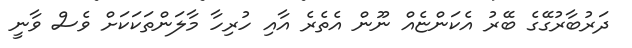
ދަރުބާރުގޭގެ ބޭރު އެކަންޏެއް ނޫން އެތެރެ އާއި ހުރިހާ މާލަންތަކަކަށް ވެސް ވާނީ